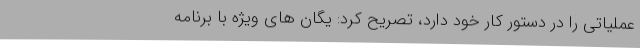
عملیاتی را در دستور کار خود دارد، تصریح کرد: یگان های ویژه با برنامه